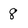
Character: 8